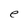
Character: e